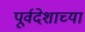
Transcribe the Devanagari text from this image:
पूर्वदेशाच्या